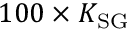
1 0 0 \times K _ { \mathrm { S G } }